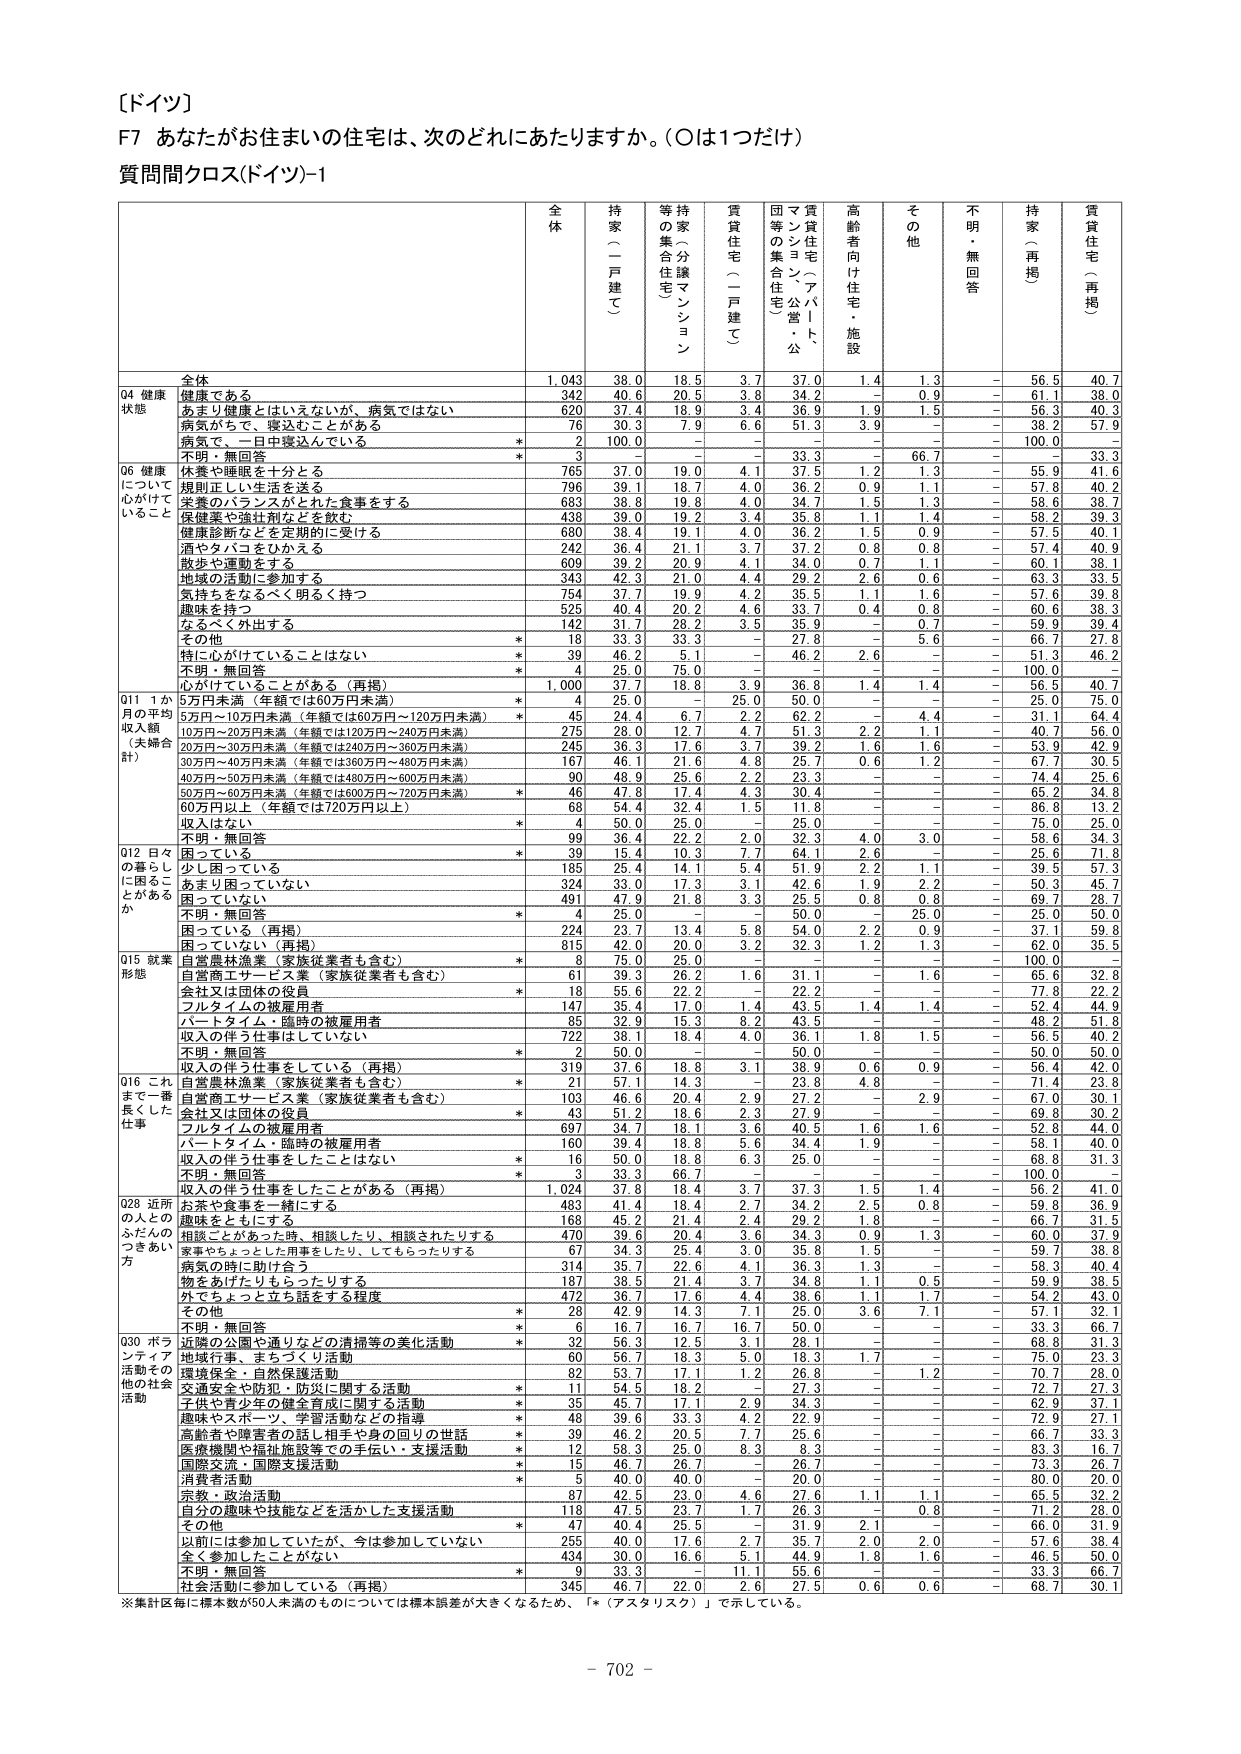
［ドイツ］

F7 あなたがお住まいの住宅は、次のどれにあたりますか。（○は1つだけ）

質問間クロス(ドイツ)-1

全体 持家（一戸建て） 等持家（分譲マンション） 賃貸住宅（一戸建て） 団地等の集合住宅 賃貸住宅（アパート・公営） 高齢者向け住宅・施設 その他 不明・無回答 持家（再掲） 賃貸住宅（再掲）

Q4 健康状態
全体 1,043 38.0 18.5 3.7 37.0 1.4 1.3 - 56.5 40.7
健康である 342 40.6 20.5 3.8 34.2 - 0.9 - 61.1 38.0
あまり健康とはいえないが、病気ではない 620 37.4 18.9 3.4 36.9 1.9 1.5 - 56.3 40.3
病気があって、寝込むことがある 76 30.3 7.9 6.6 51.3 3.9 - - 38.2 57.9
病気で、一日中寝込んでいる * 2 100.0 - - - - - - 100.0 -
不明・無回答 * 3 - - - 33.3 - 66.7 - - 33.3

Q6 健康について心がけていること
休養や睡眠を十分とる 765 37.0 19.0 4.1 37.5 1.2 1.3 - 55.9 41.6
規則正しい生活を送る 796 39.1 18.7 4.0 36.2 0.9 1.1 - 57.8 40.2
栄養のバランスがとれた食事をする 683 38.8 19.8 4.0 34.7 1.5 1.3 - 58.6 38.7
健康薬や強壮剤などを飲む 438 39.0 19.2 3.4 35.8 1.1 1.4 - 58.2 39.3
健康診断などを定期的に受ける 680 38.4 19.1 4.0 36.2 1.5 0.9 - 57.5 40.1
酒やタバコをひかえる 242 36.4 21.1 3.7 37.2 0.8 0.8 - 57.4 40.9
散歩や運動をする 609 39.2 20.9 4.1 34.0 0.7 1.1 - 60.1 38.1
地域の活動に参加する 343 42.3 21.0 4.4 29.2 2.6 0.6 - 63.3 33.5
気持ちをなるべく明るく持つ 754 37.7 19.9 4.2 35.5 1.1 1.6 - 57.6 39.8
趣味を持つ 525 40.4 20.2 4.6 33.7 0.4 0.8 - 60.6 38.3
なるべく外出する 142 31.7 28.2 3.5 35.9 - 0.7 - 59.9 39.4
その他 * 18 33.3 33.3 - 27.8 - 5.6 - 66.7 27.8
特に心がけていることはない * 39 46.2 5.1 - 46.2 2.6 - - 51.3 46.2
不明・無回答 * 4 25.0 75.0 - - - - - 100.0 -
心がけていることがある（再掲） 1,000 37.7 18.8 3.9 36.8 1.4 1.4 - 56.5 40.7

Q11 1か月の平均収入額（夫婦合計）
5万円未満（年額では60万円未満） * 4 25.0 - 25.0 50.0 - - - 25.0 75.0
5万円～10万円未満（年額では60万円～120万円未満） * 45 24.4 6.7 2.2 62.2 - 4.4 - 31.1 64.4
10万円～20万円未満（年額では120万円～240万円未満） 275 28.0 12.7 4.7 51.3 2.2 1.1 - 40.7 56.0
20万円～30万円未満（年額では240万円～360万円未満） 245 36.3 17.6 3.7 39.2 1.6 1.6 - 53.9 42.9
30万円～40万円未満（年額では360万円～480万円未満） 167 46.1 21.6 4.8 25.7 0.6 1.2 - 67.7 30.5
40万円～50万円未満（年額では480万円～600万円未満） 90 48.9 25.6 2.2 23.3 - - - 74.4 25.6
50万円～60万円未満（年額では600万円～720万円未満） * 46 47.8 17.4 4.3 30.4 - - - 65.2 34.8
60万円以上（年額では720万円以上） 68 54.4 32.4 1.5 11.8 - - - 86.8 13.2
収入はない * 4 50.0 25.0 - 25.0 - - - 75.0 25.0
不明・無回答 99 36.4 22.2 2.0 32.3 4.0 3.0 - 58.6 34.3

Q12 日々の暮らしに困ることがあるか
困っている * 39 15.4 10.3 7.7 64.1 2.6 - - 25.6 71.8
少し困っている 185 25.4 14.1 5.4 51.9 2.2 1.1 - 39.5 57.3
あまり困っていない 324 33.0 17.3 3.1 42.6 1.9 2.2 - 50.3 45.7
困っていない 491 47.9 21.8 3.3 25.5 0.8 0.8 - 69.7 28.7
不明・無回答 * 4 25.0 - - 50.0 - 25.0 - 25.0 50.0
困っている（再掲） 224 23.7 13.4 5.8 54.0 2.2 0.9 - 37.1 59.8
困っていない（再掲） 815 42.0 20.0 3.2 32.3 1.2 1.3 - 62.0 35.5

Q15 就業形態
自営農林漁業（家族従業者も含む） * 8 75.0 25.0 - - - - - 100.0 -
自営商工サービス業（家族従業者も含む） 61 39.3 26.2 1.6 31.1 - 1.6 - 65.6 32.8
会社又は団体の役員 * 18 55.6 22.2 - 22.2 - - - 77.8 22.2
フルタイムの被雇用者 147 35.4 17.0 1.4 43.5 1.4 1.4 - 52.4 44.9
パートタイム・臨時の被雇用者 85 32.9 15.3 8.2 43.5 - - - 48.2 51.8
収入の伴う仕事はしていない 722 38.1 18.4 4.0 36.1 1.8 1.5 - 55.5 40.2
不明・無回答 * 2 50.0 - - 50.0 - - - 50.0 50.0
収入の伴う仕事をしている（再掲） 319 37.6 18.8 3.1 38.9 0.6 0.9 - 56.4 42.0

Q16 これまで一番長くした仕事
自営農林漁業（家族従業者も含む） * 21 57.1 14.3 - 23.8 4.8 - - 71.4 23.8
自営商工サービス業（家族従業者も含む） 103 46.6 20.4 2.9 27.2 - 2.9 - 67.0 30.1
会社又は団体の役員 * 43 51.2 18.6 2.3 27.9 - - - 69.8 30.2
フルタイムの被雇用者 697 34.7 18.1 3.6 40.5 1.6 1.6 - 52.8 44.0
パートタイム・臨時の被雇用者 160 39.4 18.8 5.6 34.4 1.9 - - 58.1 40.0
収入の伴う仕事をしたことはない * 16 50.0 18.8 6.3 25.0 - - - 68.8 31.3
不明・無回答 * 3 33.3 66.7 - - - - - 100.0 -
収入の伴う仕事をしたことがある（再掲） 1,024 37.8 18.4 3.7 37.3 1.5 1.4 - 56.2 41.0

Q28 近所の人とのふだんのつきあい方
お茶や食事を一緒にする 483 41.4 18.4 2.7 34.2 2.5 0.8 - 59.8 36.9
趣味をともにする 168 45.2 21.4 2.4 29.2 1.8 - - 66.7 31.5
相談ごとがあった時、相談したり、相談されたりする 470 39.6 20.4 3.6 34.3 0.9 1.3 - 60.0 37.9
家事やちょっとした用事をしたり、してもらったりする 67 34.3 25.4 3.0 35.8 1.5 - - 59.7 38.8
病気の時に助け合う 314 35.7 22.6 4.1 36.3 1.3 - - 58.3 40.4
物をあげたりもらったりする 187 38.5 21.4 3.7 34.8 1.1 0.5 - 59.9 38.5
外でちょっと立ち話をする程度 472 36.7 17.6 4.4 38.6 1.1 1.7 - 54.2 43.0
その他 * 28 42.9 14.3 7.1 25.0 3.6 7.1 - 57.1 32.1
不明・無回答 * 6 16.7 16.7 16.7 50.0 - - - 33.3 66.7

Q30 ボランティア活動その他の社会活動
近隣の公園や通りなどの清掃等の美化活動 * 32 56.3 12.5 3.1 28.1 1.5 1.4 - 68.8 31.3
地域行事、まちづくり活動 60 56.7 18.3 5.0 18.3 1.7 - - 75.0 23.3
環境保全・自然保護活動 82 53.7 17.1 1.2 26.8 - 1.2 - 70.7 28.0
交通安全や防犯・防火に関する活動 * 11 54.5 18.2 - 27.3 - - - 72.7 27.3
子供や青少年の健全育成に関する活動 * 35 45.7 17.1 2.9 34.3 - - - 62.9 37.1
趣味やスポーツ、学習活動などの指導 * 48 39.6 33.3 4.2 22.9 - - - 72.9 27.1
高齢者や障害者の話し相手や身の回りの世話 * 39 46.2 20.5 7.7 25.6 - - - 66.7 33.3
医療機関や福祉施設等での手伝い・支援活動 * 12 58.3 25.0 8.3 8.3 - - - 83.3 16.7
国際交流・国際支援活動 * 15 46.7 26.7 - 26.7 - - - 73.3 26.7
消費者活動 * 5 40.0 40.0 - 20.0 - - - 80.0 20.0
宗教・政治活動 87 42.5 23.0 4.6 27.6 1.1 1.1 - 65.5 32.2
自分の趣味や技能などを活かした支援活動 118 47.5 23.7 1.7 26.3 - 0.8 - 71.2 28.0
その他 * 47 40.4 25.5 - 31.9 2.1 - - 66.0 31.9
以前には参加していたが、今は参加していない 255 40.0 17.6 2.7 35.7 2.0 2.0 - 57.6 38.4
全く参加したことがない 434 30.0 16.6 5.1 44.9 1.8 1.6 - 46.5 50.0
不明・無回答 * 9 33.3 - 11.1 55.6 - - - 33.3 66.7
社会活動に参加している（再掲） 345 46.7 22.0 2.6 27.5 0.6 0.6 - 68.7 30.1

※集計区毎に標本数が50人未満のものについては標本誤差が大きくなるため、「*（アスタリスク）」で示している。

- 702 -